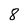
Character: 8